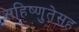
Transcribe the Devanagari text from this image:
सहिष्णुतेसह